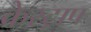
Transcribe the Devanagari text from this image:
केस्ट्राप